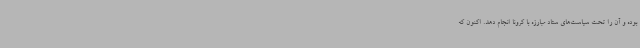
بوده و آن را تحت سیاست‌های ستاد مبارزه با کرونا انجام دهد. اکنون که